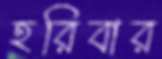
হরিবার